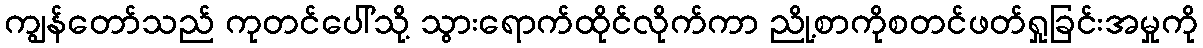
ကျွန်တော်သည် ကုတင်ပေါ်သို့ သွားရောက်ထိုင်လိုက်ကာ ညို့စာကိုစတင်ဖတ်ရှုခြင်းအမှုကို